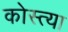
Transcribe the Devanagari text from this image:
कोस्त्या